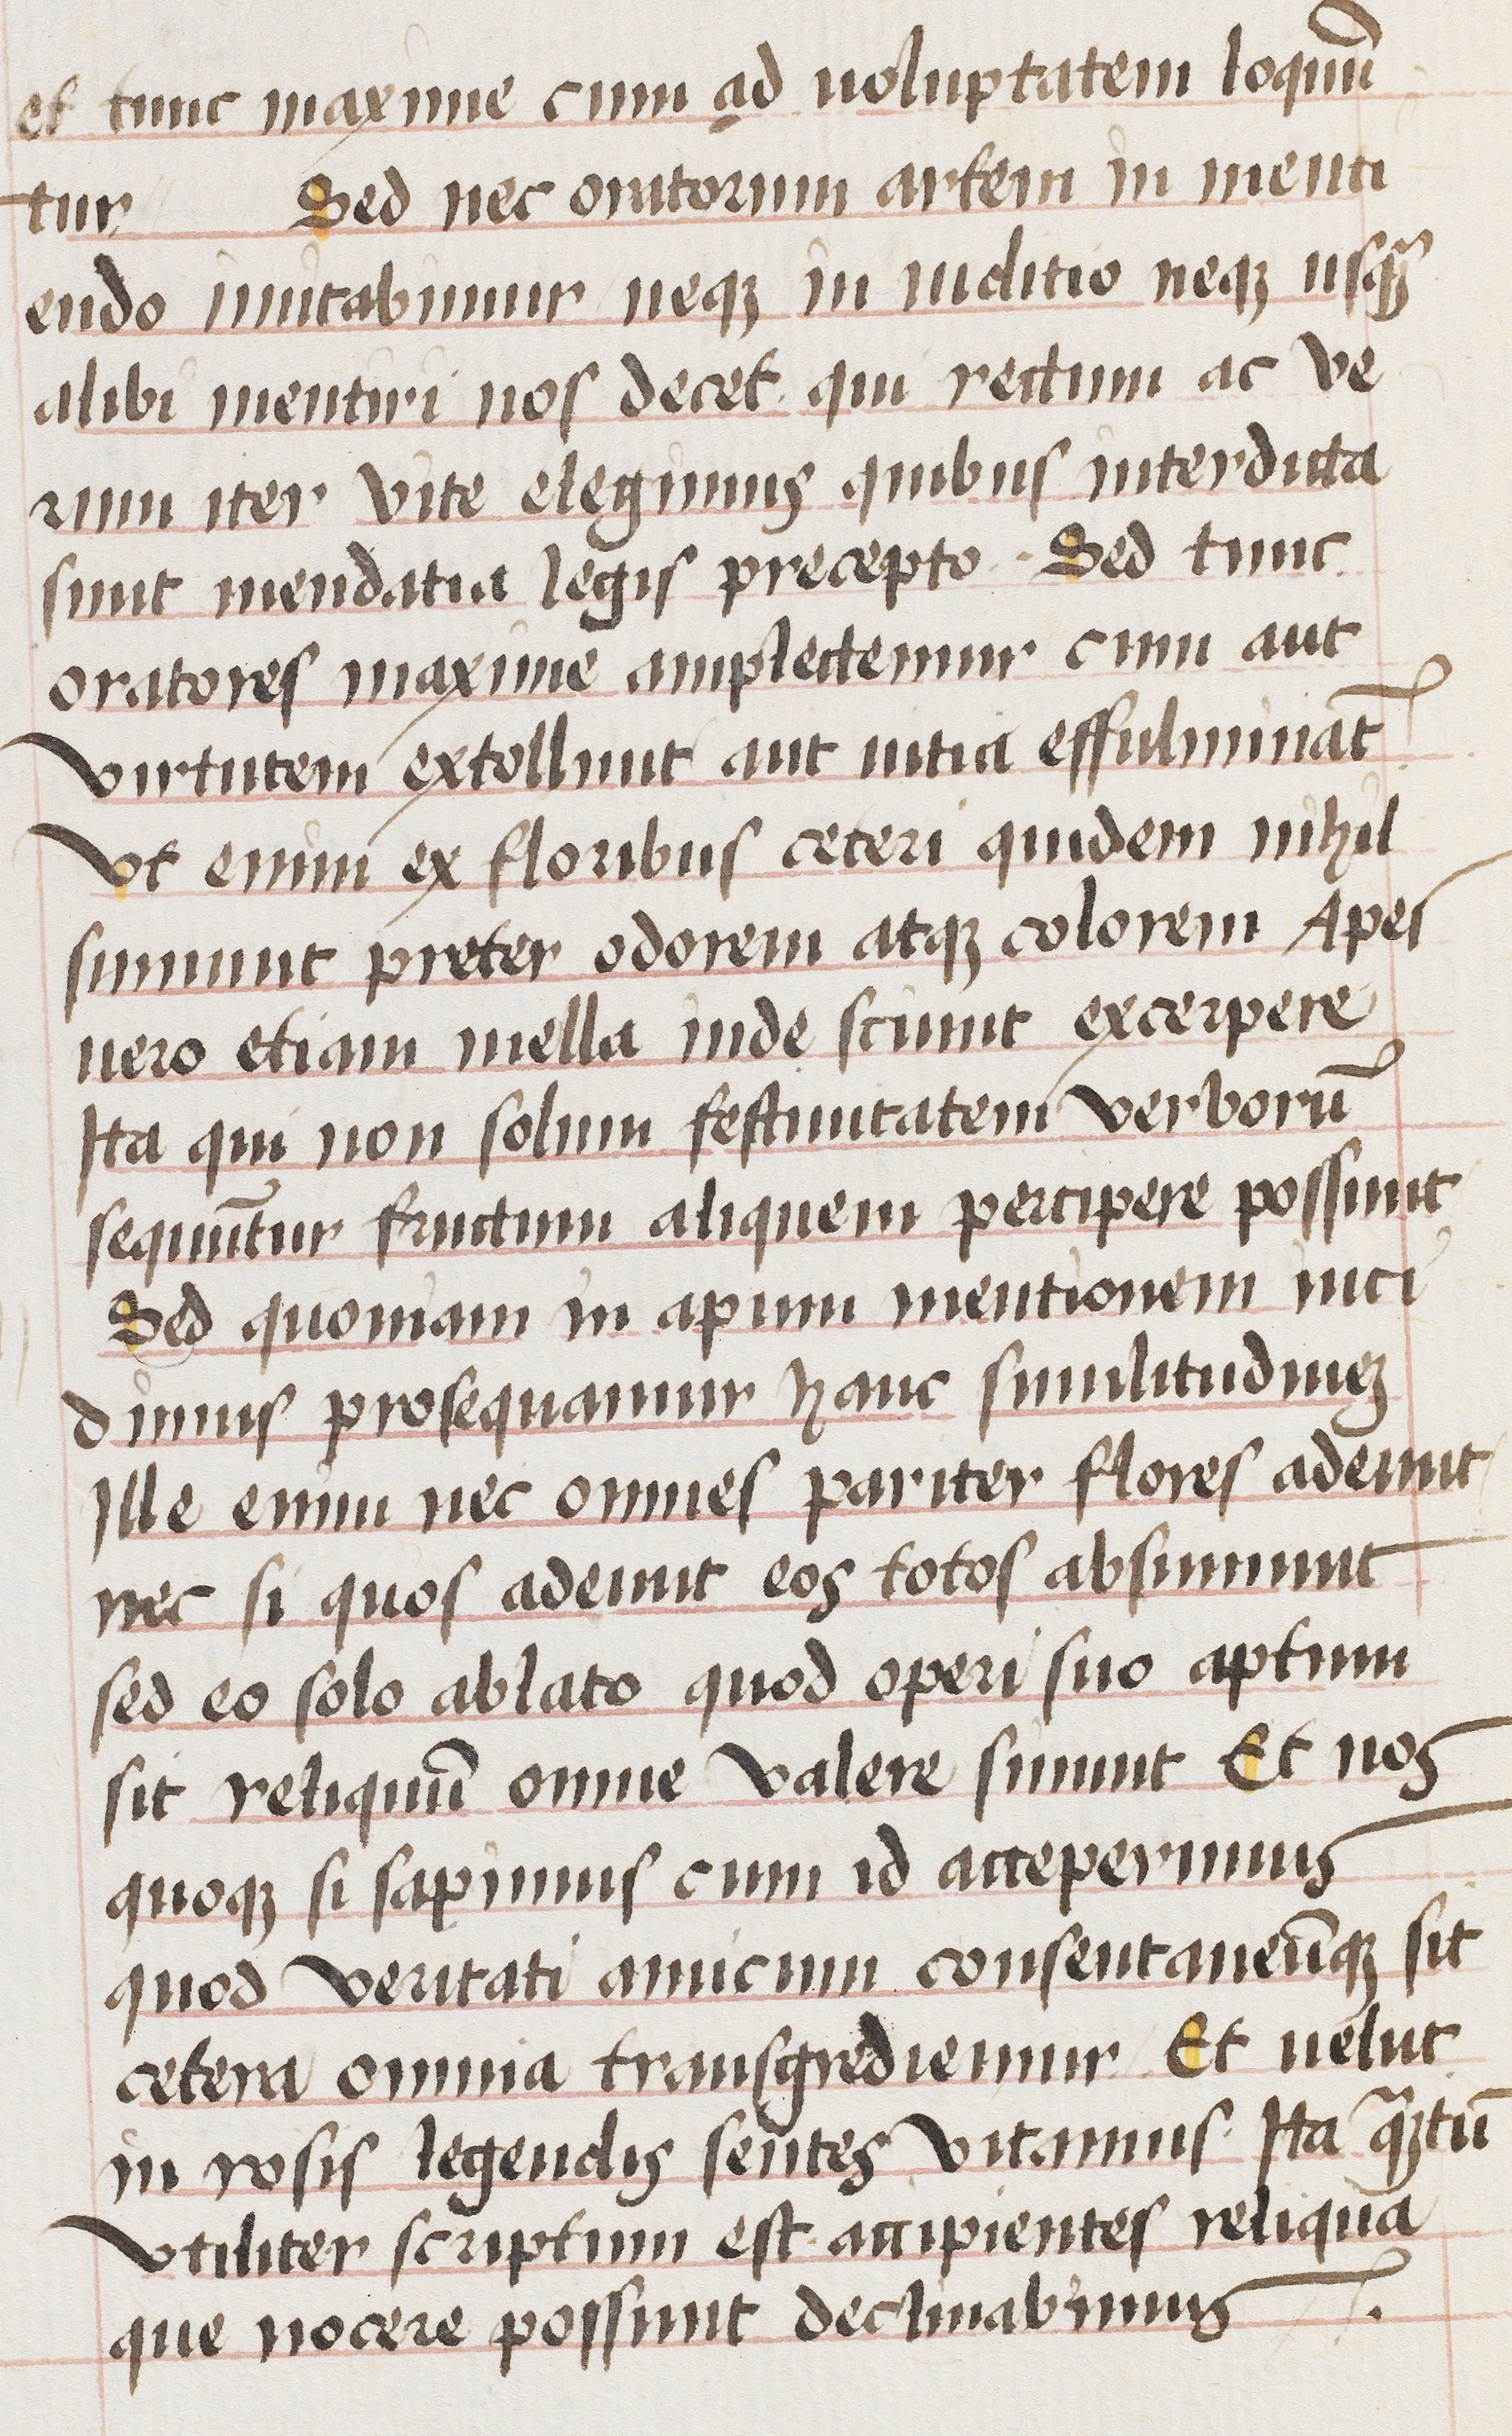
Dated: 1470–1488